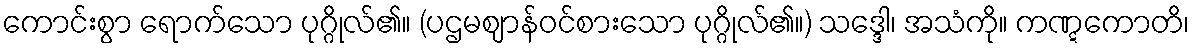
ကောင်းစွာ ရောက်သော ပုဂ္ဂိုလ်၏။ (ပဌမဈာန်ဝင်စားသော ပုဂ္ဂိုလ်၏။) သဒ္ဒေါ၊ အသံကို။ ကဏ္ဋကောတိ၊